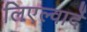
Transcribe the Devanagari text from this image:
लिएल्वार्दे